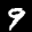
Label: 9